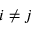
i \ne j